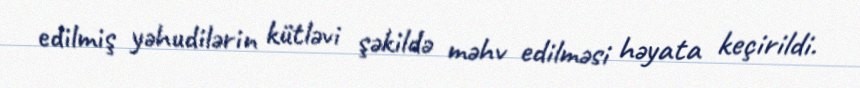
edilmiş yəhudilərin kütləvi şəkildə məhv edilməsi həyata keçirildi.